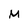
Character: M